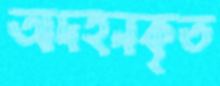
অদহনকৃত